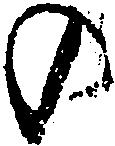
の